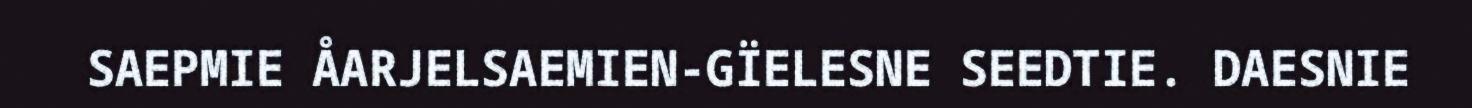
SAEPMIE ÅARJELSAEMIEN-GÏELESNE SEEDTIE. DAESNIE